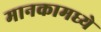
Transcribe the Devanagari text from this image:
मानकामध्ये